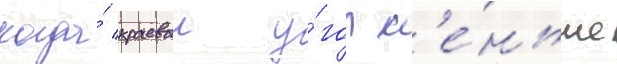
когда́ краевои у́гол м'е́ньше